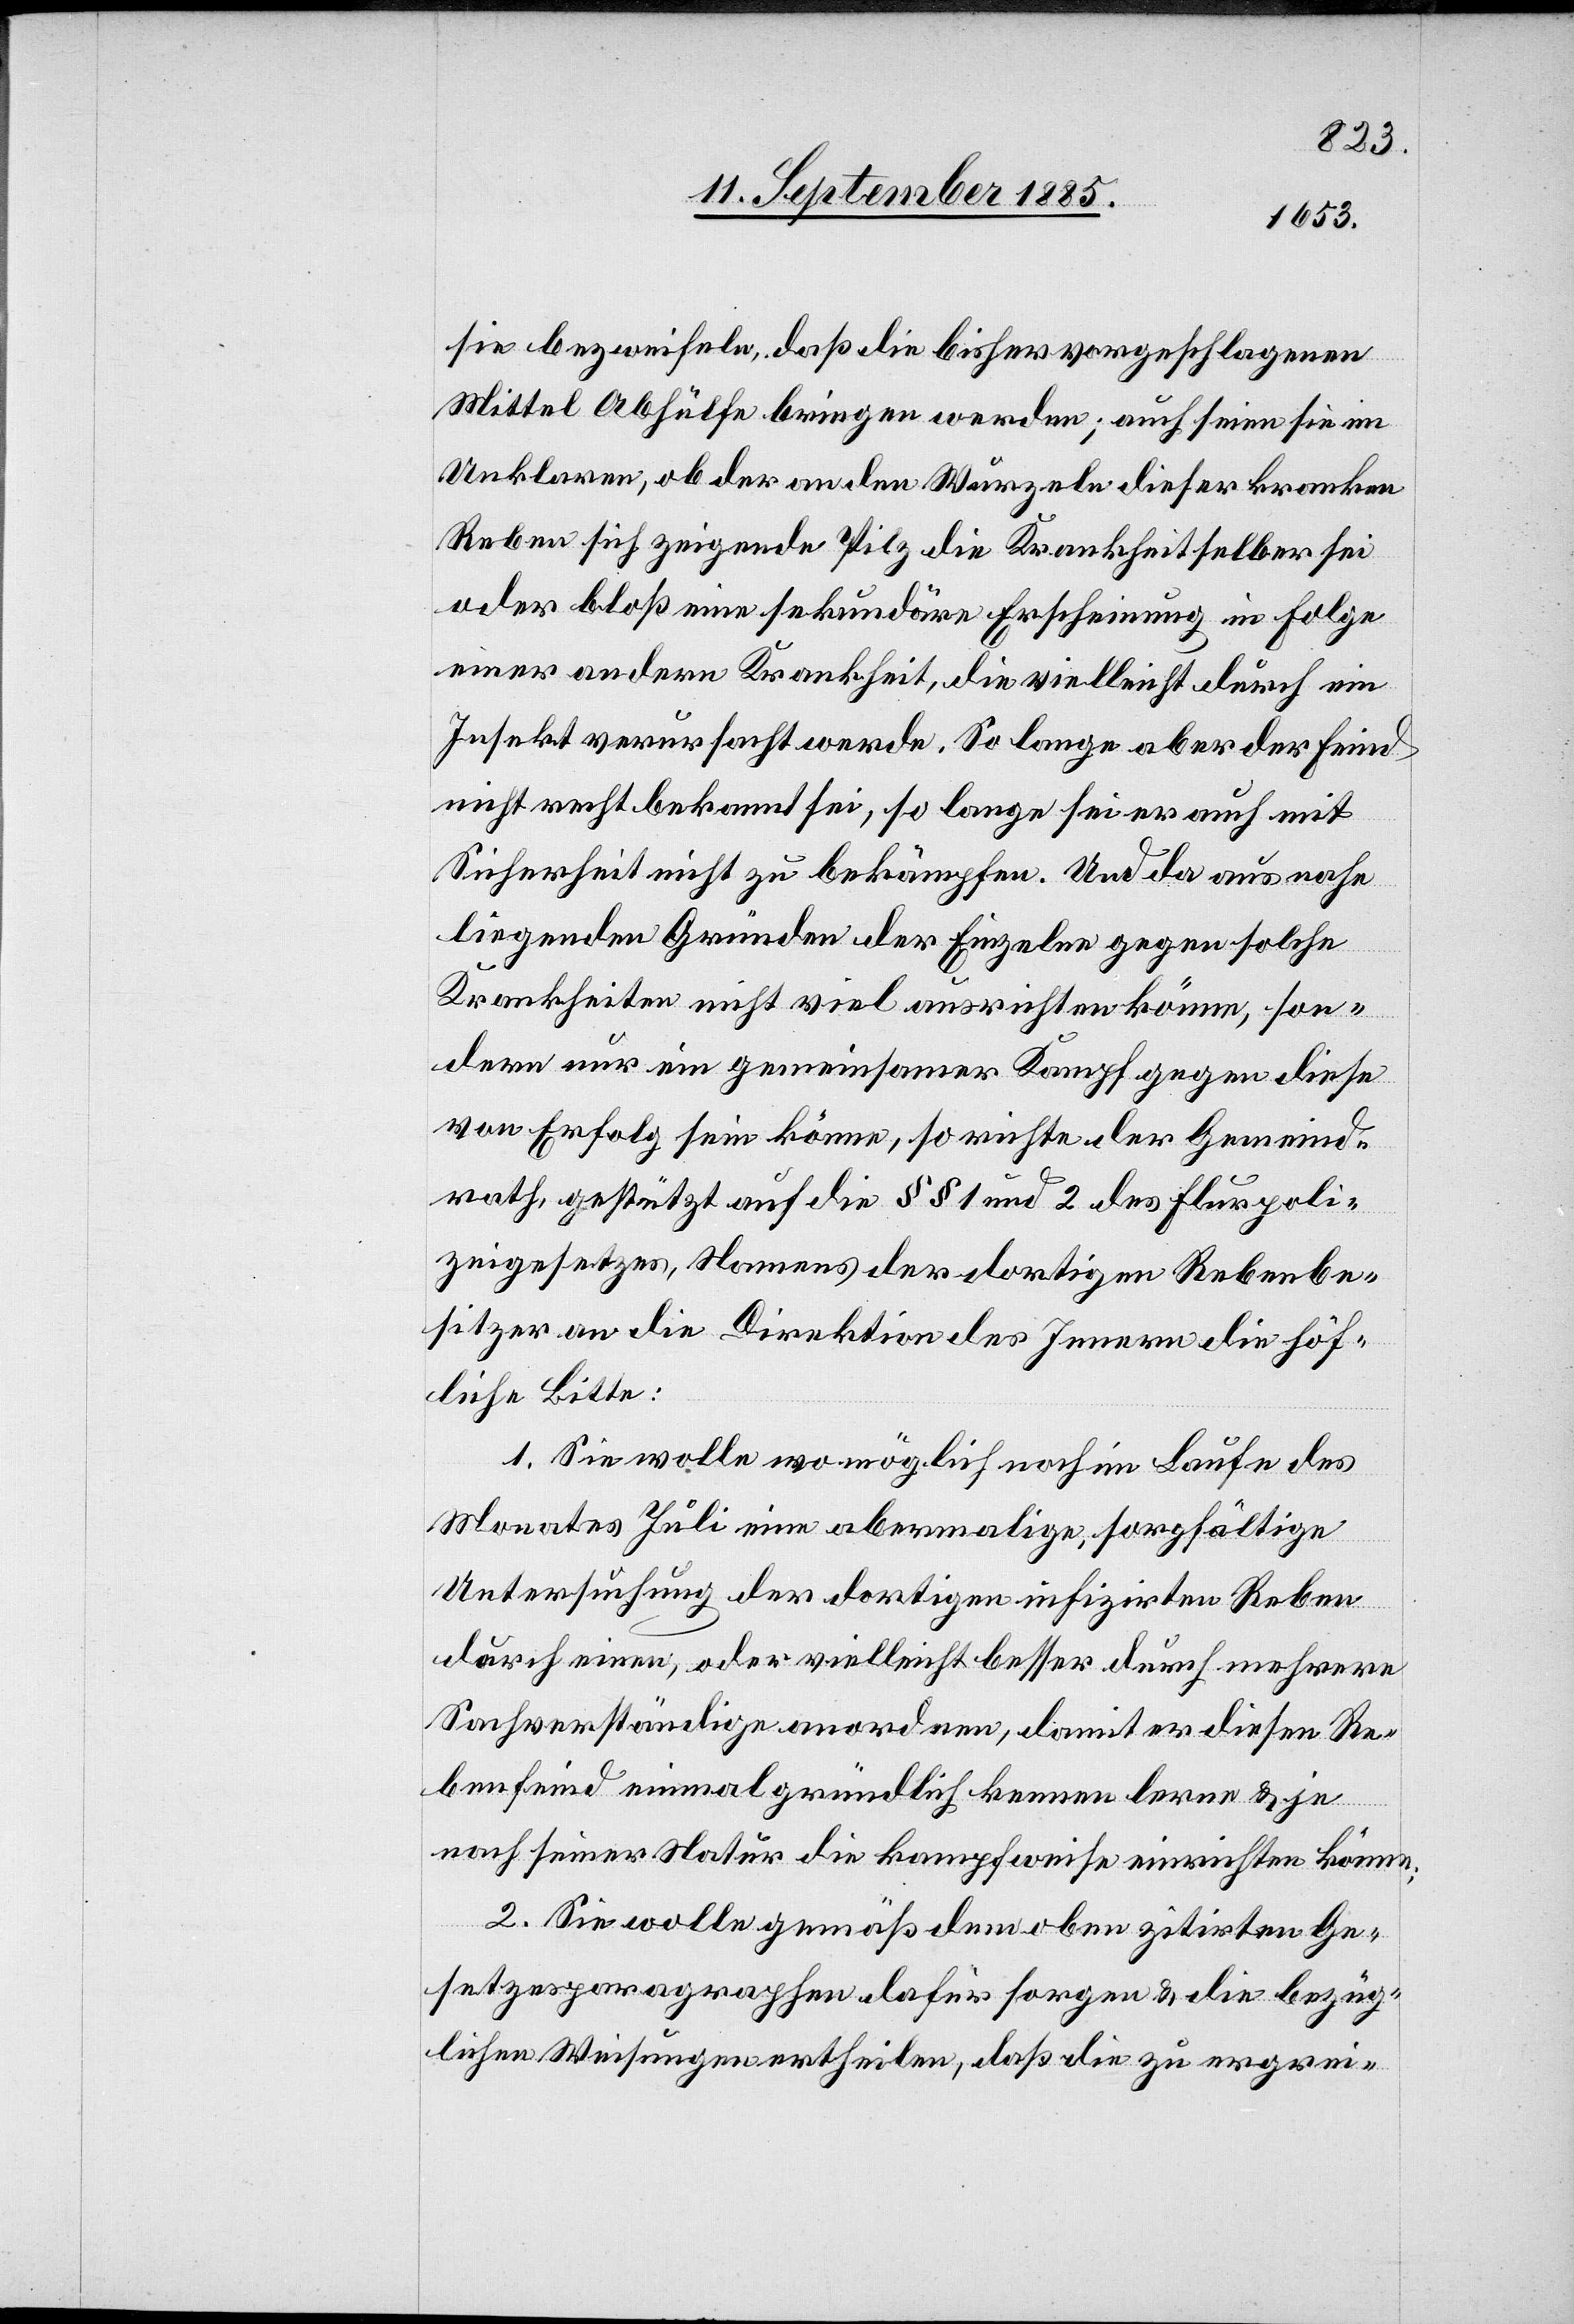
sie bezweifeln, daß die bisher vorgeschlagenen
Mittel Abhülfe bringen werden; auch seien sie im
Unklaren, ob der an den Wurzeln dieser kranken
Reben sich zeigende Pilz die Krankheit selber sei
oder bloß eine sekundäre Erscheinung in Folge
einer andern Krankheit, die vielleicht durch ein
Insekt verursacht werde. So lange aber der Feind
nicht recht bekannt sei, so lange sei er auch mit
Sicherheit nicht zu bekämpfen. Und da aus nahe
liegenden Gründen der Einzelne gegen solche
Krankheiten nicht viel ausrichten könne, son¬
dern nur ein gemeinsamer Kampf gegen diese
von Erfolg sein könne, so richte der Gemeind¬
rath, gestützt auf die §§ 1 und 2 des Flurpoli¬
zeigesetzes, Namens der dortigen Rebenbe¬
sitzer an die Direktion des Innern die höf¬
liche Bitte:
1. Sie wolle wo möglich noch im Laufe des
Monates Juli eine abermalige, sorgfältige
Untersuchung der dortigen infizirten Reben
durch einen, oder vielleicht besser durch mehrere
Sachverständige anordnen, damit er diesen Re¬
benfeind einmal gründlich kennenlernen & je
nach seiner Natur die kampfweise [sic!] einrichten könne;
2. Sie wolle gemäß dem oben zitirten Ge¬
setzesparagraphen dafür sorgen & die bezüg¬
lichen Weisungen ertheilen, daß die zu ergrei-